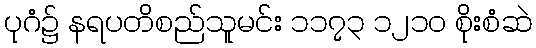
ပုဂံ၌ နရပတိစည်သူမင်း ၁၁၇၃ ၁၂၁၀ စိုးစံဆဲ